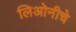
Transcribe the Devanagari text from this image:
लिओनीचे